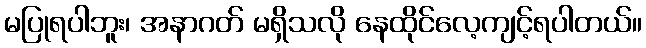
မပြုရပါဘူး၊ အနာဂတ် မရှိသလို နေထိုင်လေ့ကျင့်ရပါတယ်။